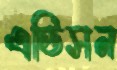
এডিসন